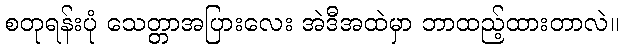
စတုရန်းပုံ သေတ္တာအပြားလေး အဲဒီအထဲမှာ ဘာထည့်ထားတာလဲ။